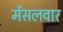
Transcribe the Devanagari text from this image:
मेंसलवार